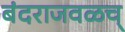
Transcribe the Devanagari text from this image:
बंदराजवळच्